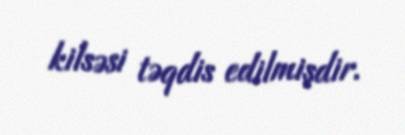
kilsəsi təqdis edilmişdir.